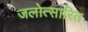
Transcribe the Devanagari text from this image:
जलोत्सारित